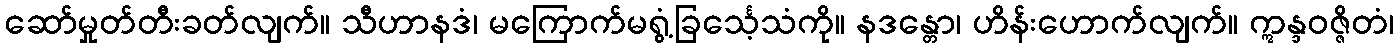
ဆော်မှုတ်တီးခတ်လျက်။ သီဟာနဒံ၊ မကြောက်မရွံ့ခြင်္သေ့သံကို။ နဒန္တော၊ ဟိန်းဟောက်လျက်။ ဣန္ဒဝဇ္ဇိတံ၊